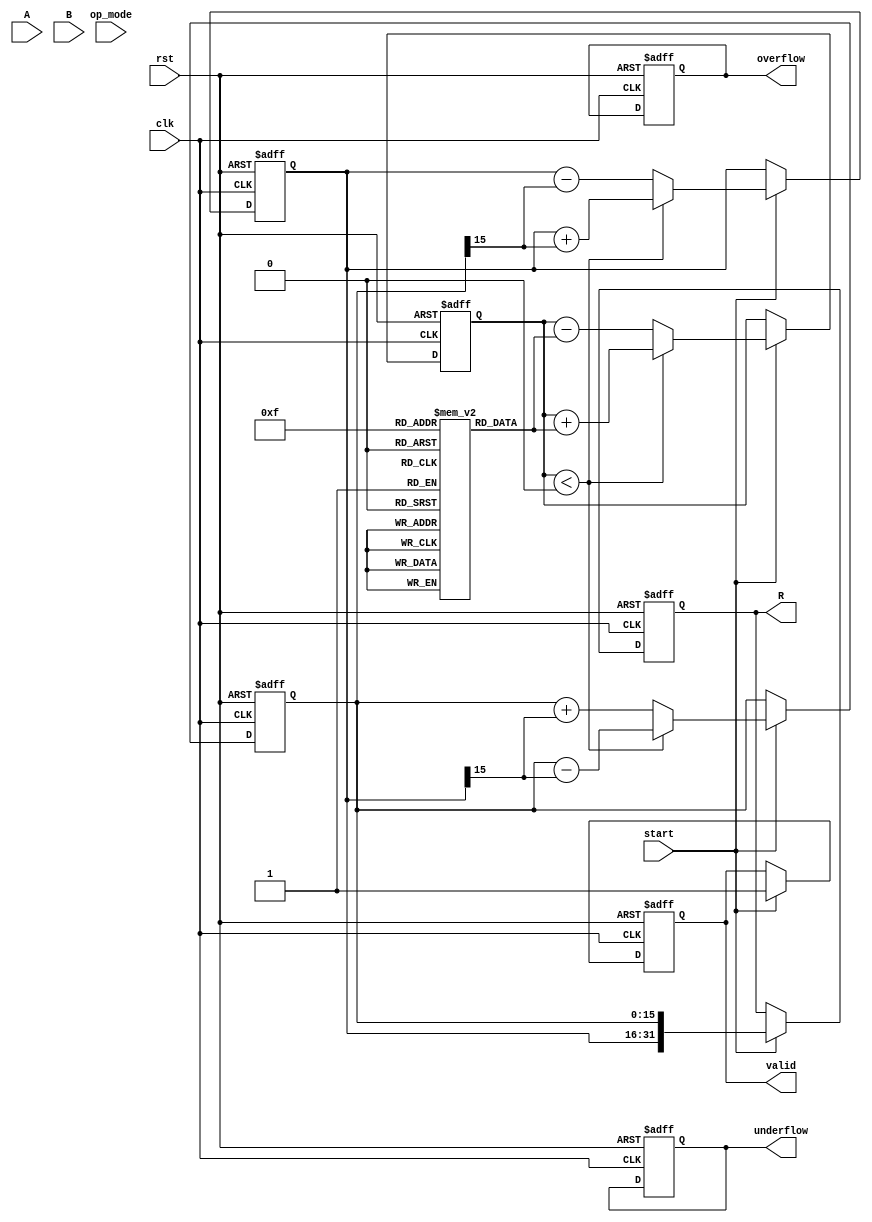
module unified_cordic(
    input clk,
    input rst,
    input [15:0] A,       // Input operand A
    input [15:0] B,       // Input operand B
    input [2:0] op_mode,  // Operation mode: 000 - Addition, 001 - Subtraction, 010 - Multiplication, 011 - Division
    input start,          // Start signal
    output reg [31:0] R,  // Result output
    output reg valid,      // Result validity output
    output reg overflow,   // Overflow flag
    output reg underflow   // Underflow flag
);

parameter MAX_ITERATIONS = 16;
reg [15:0] angle_tab [0:15];  // Angle lookup table for CORDIC
reg [15:0] x, y, z;           // CORDIC variables
integer i;

initial begin
    // Initialize angle table (example values for demonstration)
    angle_tab[0] = 16'h2000; // atan(2^-0)
    angle_tab[1] = 16'h1000; // atan(2^-1)
    angle_tab[2] = 16'h0800; // atan(2^-2)
    angle_tab[3] = 16'h0400; // atan(2^-3)
    angle_tab[4] = 16'h0200; // atan(2^-4)
    angle_tab[5] = 16'h0100; // atan(2^-5)
    angle_tab[6] = 16'h0080; // atan(2^-6)
    angle_tab[7] = 16'h0040; // atan(2^-7)
    angle_tab[8] = 16'h0020; // atan(2^-8)
    angle_tab[9] = 16'h0010; // atan(2^-9)
    angle_tab[10] = 16'h0008; // atan(2^-10)
    angle_tab[11] = 16'h0004; // atan(2^-11)
    angle_tab[12] = 16'h0002; // atan(2^-12)
    angle_tab[13] = 16'h0001; // atan(2^-13)
    angle_tab[14] = 16'h0000; // atan(2^-14)
    angle_tab[15] = 16'hFFFF; // atan(2^-15)
end

// CORDIC engine operations
always @(posedge clk or posedge rst) begin
    if (rst) begin
        x <= 16'h0001; // Initialize x for cos(0)
        y <= 16'h0000; // Initialize y for sin(0)
        z <= 16'h0000; // Initialize z
        R <= 32'h00000000;
        valid <= 0;
        overflow <= 0;
        underflow <= 0;
    end else if (start) begin
        // Load the inputs based on operation mode
        case (op_mode)
            3'b000: begin // Addition
                z <= A + B;
            end
            3'b001: begin // Subtraction
                z <= A - B;
            end
            3'b010: begin // Multiplication
                // Simple multiplication example
                x <= A;
                y <= B;
                z <= x * y; 
            end
            3'b011: begin // Division
                // Division logic placeholder
                // Implement division using iterative CORDIC if needed
            end
            default: begin
                z <= 16'h0000;
            end
        endcase
        
        // Iterative CORDIC algorithm
        for (i = 0; i < MAX_ITERATIONS; i = i + 1) begin
            if (z < 0) begin
                // Rotate clockwise
                x <= x + (y >>> i);
                y <= y - (x >>> i);
                z <= z + angle_tab[i];
            end else begin
                // Rotate counterclockwise
                x <= x - (y >>> i);
                y <= y + (x >>> i);
                z <= z - angle_tab[i];
            end
        end

        R <= {x, y}; // Combine x and y for output
        valid <= 1; // Indicate valid result
    end
end

endmodule